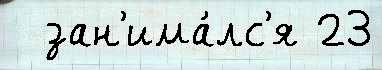
  зан'има́лс'я 23